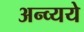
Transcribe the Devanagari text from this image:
अन्व्यये